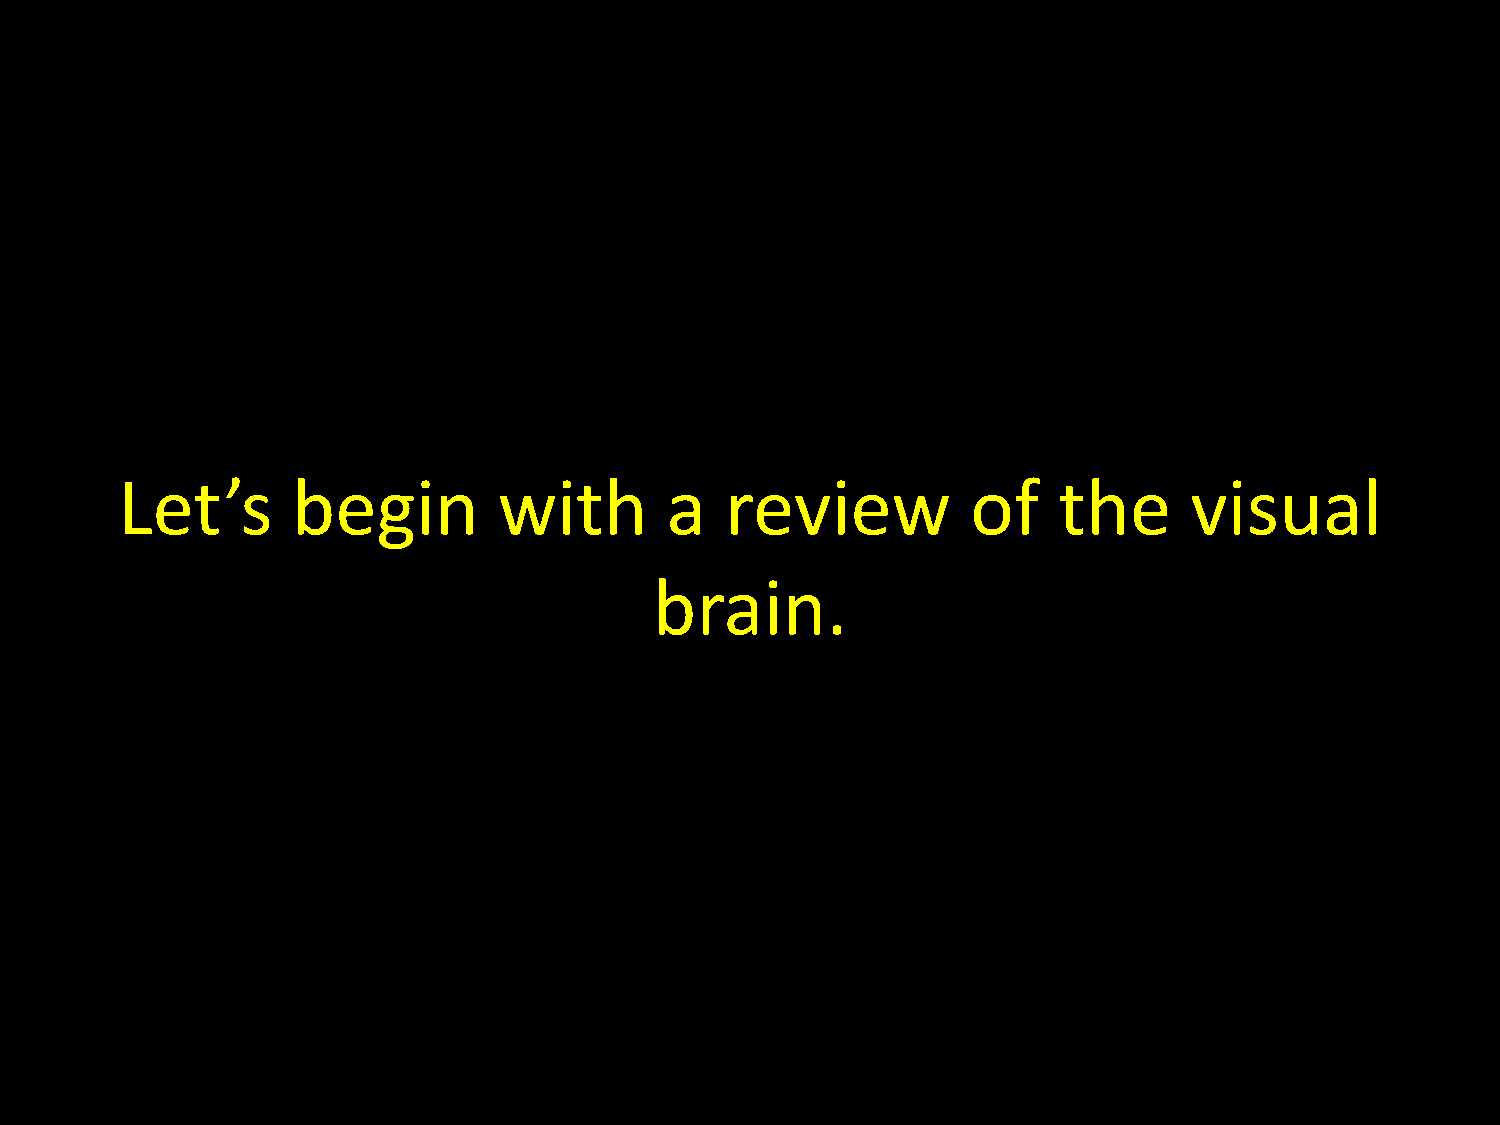
Let’s      begin         with       a   review          of    the      visual
 brain.